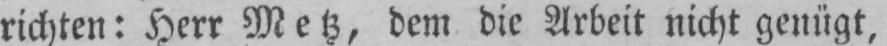
richten: Herr Metz, dem die Arbeit nicht genügt,